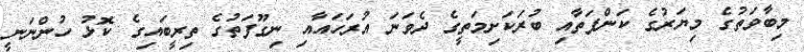
މިބާވަތުގެ މިޔަރުގެ ކަންފަތާއި ބުރަކަށިމަތީގެ ދެވަނަ އުރަަހައާއި ނިގޫފަތުގެ ތިރީބައިގެ ކޮޅު ހުންނަނީ